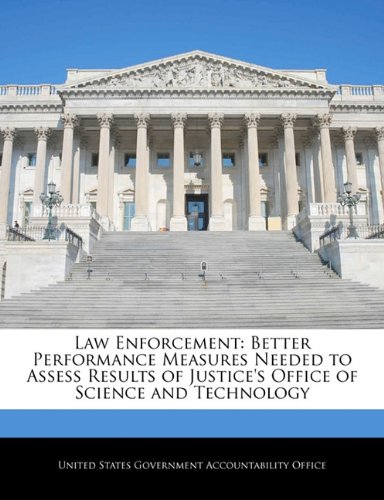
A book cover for Law Enforcement: Better Performance Measures Needed to Assess Results of Justice's Office of Science and Technology; Law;